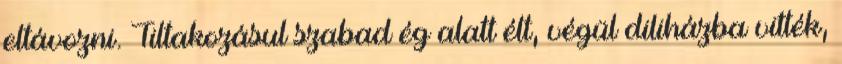
eltávozni. Tiltakozásul szabad ég alatt élt, végül diliházba vitték,